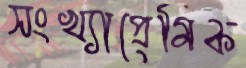
সংখ্যাপ্রেমিক